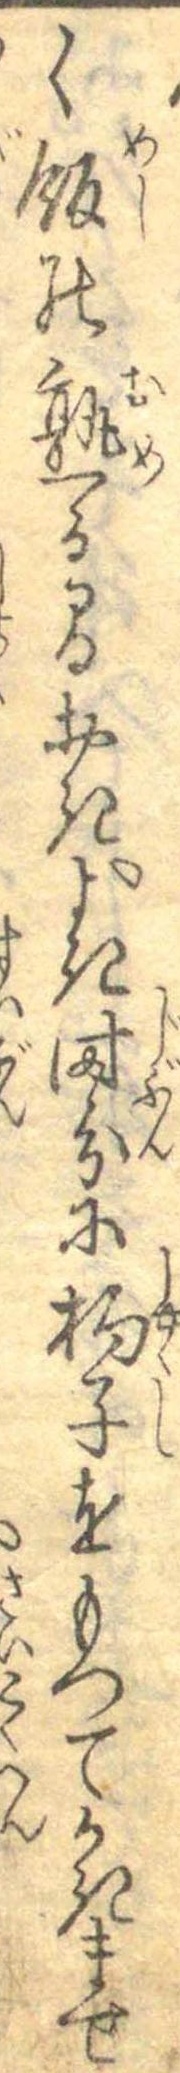
く飯の熟る間おきよき時分に杓子をもつてかきませ